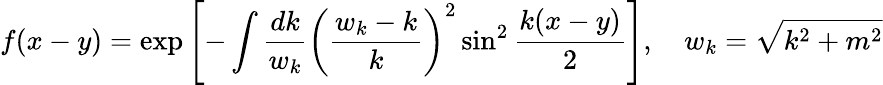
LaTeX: f(x-y)=\exp\left[-\int\frac{dk}{w_{k}}\left(\frac{w_{k}-k}k\right)^{2}\sin^{2}\frac{k(x-y)}2\right],\quad w_{k}=\sqrt{k^{2}+m^{2}}